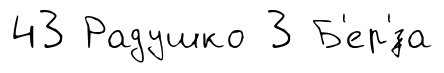
43 Радушко 3 Б'ер'́за